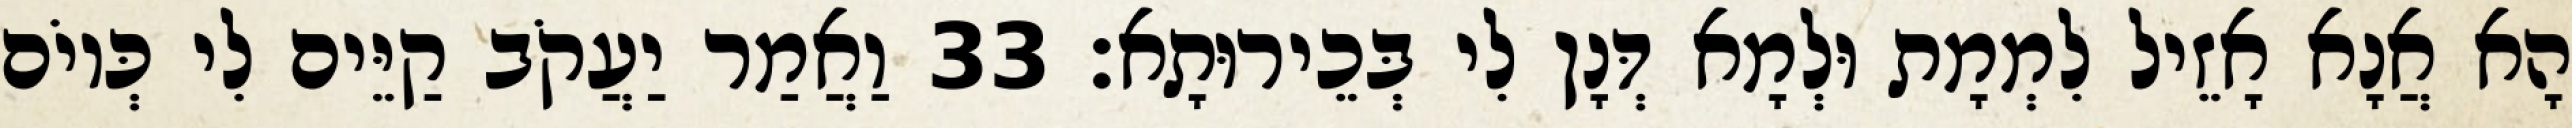
הָא אֲנָא אָזֵיל לִמְמָת וּלְמָא דְּנָן לִי בְּכֵירוּתָא׃ 33 וַאֲמַר יַעֲקֹב קַיֵּים לִי כְּיוֹם